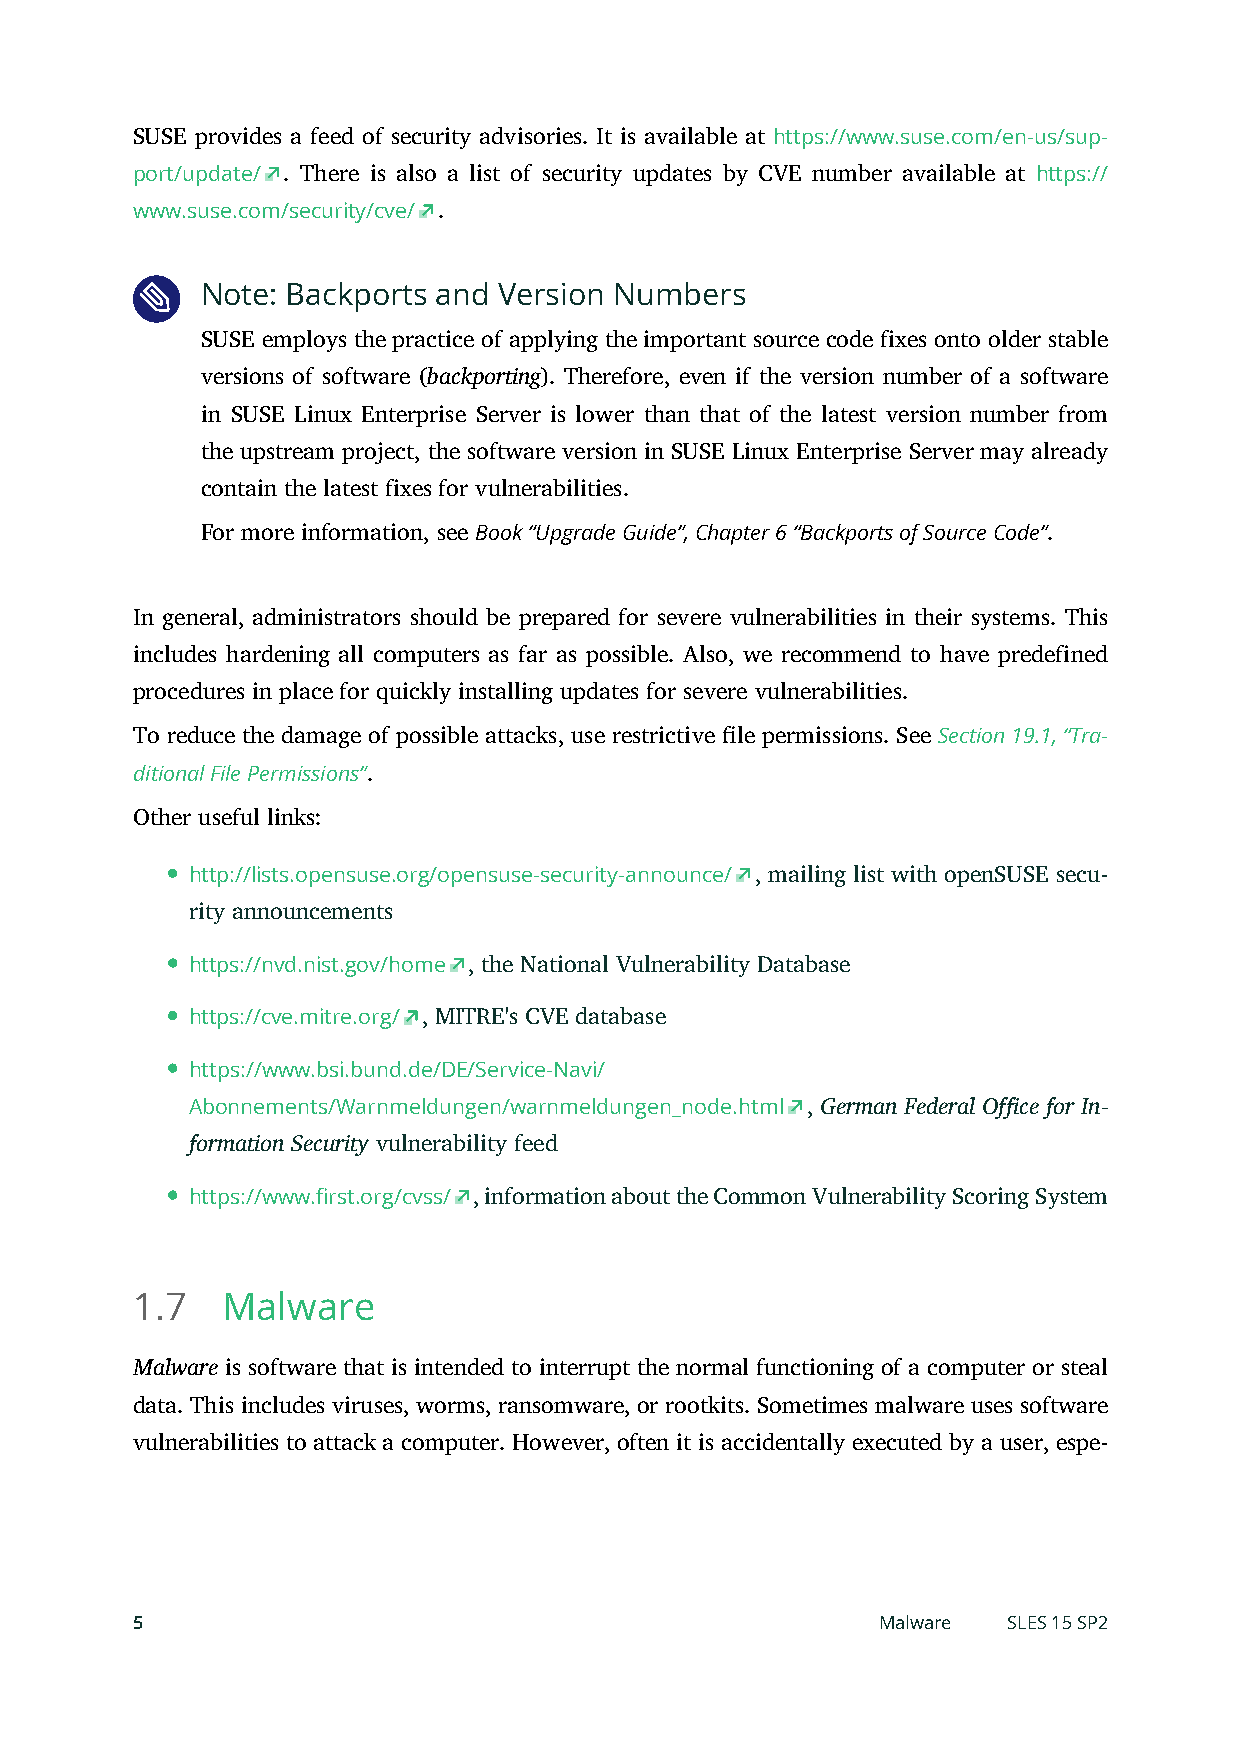
SUSE provides a feed of security advisories. It is available at https://www.suse.com/en-us/sup-
 port/update/ . There is also a list of security updates by CVE number available at https://
 www.suse.com/security/cve/ .
 Note: Backports and Version Numbers
 SUSE employs the practice of applying the important source code fixes onto older stable
 versions of software (backporting). Therefore, even if the version number of a software
 in SUSE Linux Enterprise Server is lower than that of the latest version number from
 the upstream project, the software version in SUSE Linux Enterprise Server may already
 contain the latest fixes for vulnerabilities.
 For more information, see Book “Upgrade Guide”, Chapter 6 “Backports of Source Code”.
 In general, administrators should be prepared for severe vulnerabilities in their systems. This
 includes hardening all computers as far as possible. Also, we recommend to have predefined
 procedures in place for quickly installing updates for severe vulnerabilities.
 To reduce the damage of possible attacks, use restrictive le permissions. See Section 19.1, “Tra-
 ditional File Permissions”.
 Other useful links:
 http://lists.opensuse.org/opensuse-security-announce/ , mailing list with openSUSE secu-
 rity announcements
 https://nvd.nist.gov/home , the National Vulnerability Database
 https://cve.mitre.org/ , MITRE's CVE database
 https://www.bsi.bund.de/DE/Service-Navi/
 Abonnements/Warnmeldungen/warnmeldungen_node.html , German Federal Office for In-
 formation Security vulnerability feed
 https://www.first.org/cvss/ , information about the Common Vulnerability Scoring System
 1.7   Malware
 Malware is software that is intended to interrupt the normal functioning of a computer or steal
 data. This includes viruses, worms, ransomware, or rootkits. Sometimes malware uses software
 vulnerabilities to attack a computer. However, often it is accidentally executed by a user, espe-
 5                                                Malware  SLES 15 SP2